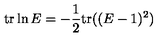
\mathrm { t r } \ln E = - \frac { 1 } { 2 } \mathrm { t r } ( ( E - 1 ) ^ { 2 } )